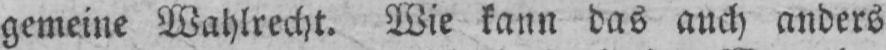
gemeine Wahlrecht. Wie kann das auch anders